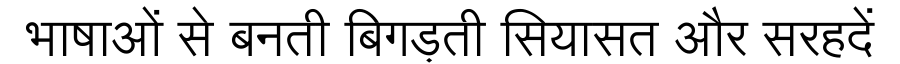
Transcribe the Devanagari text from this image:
भाषाओं से बनती बिगड़ती सियासत और सरहदें